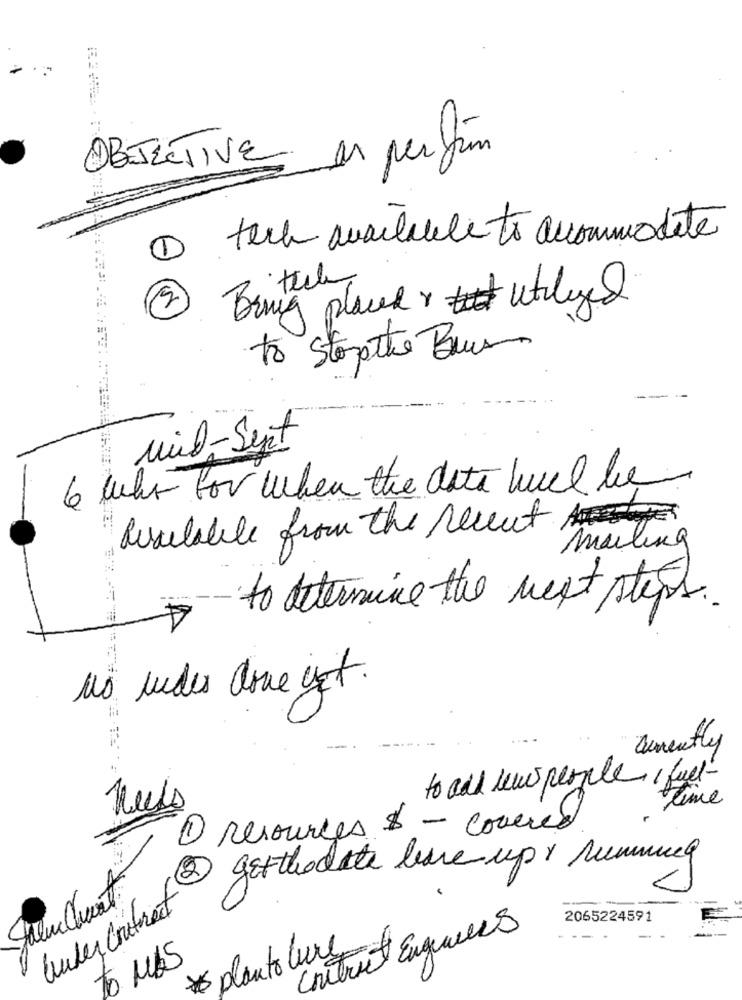
OBJECTIVE en perfum
1 tech available to accommodate
Brug placed utilyed
to Stopthe Bus
---
mid-Sept
6 uhr for when the data huel be
Risulable from the recent
mailing
to determine the next steps.
no ludes dove cot.
aumently
to add lewis people , full-
time
1 resources $ - covered
2 get thedate live up & summiny
Under Contract
2065224591
Contract Engineers
* planto lure
to MAS